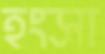
হংসা